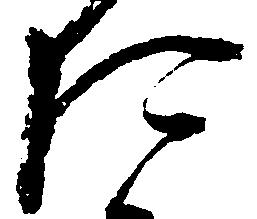
た